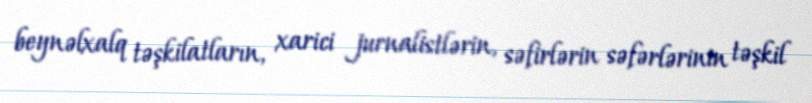
beynəlxalq təşkilatların, xarici jurnalistlərin, səfirlərin səfərlərinin təşkil